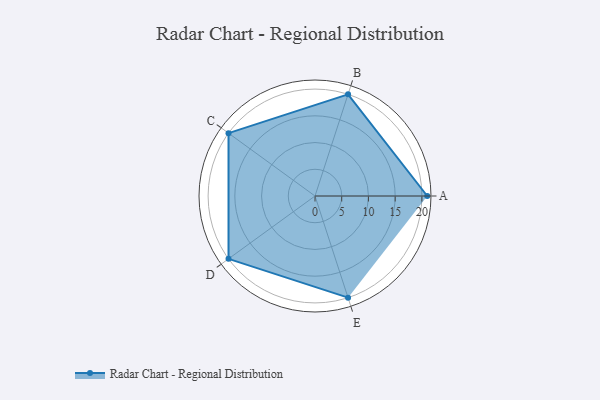
{"axis": {"x": "Skill", "y": "Score"}, "legend": ["Profile"], "data": [{"x": "A", "y": 21.0, "type": "Profile"}, {"x": "B", "y": 20, "type": "Profile"}, {"x": "C", "y": 20, "type": "Profile"}, {"x": "D", "y": 20, "type": "Profile"}, {"x": "E", "y": 20, "type": "Profile"}]}